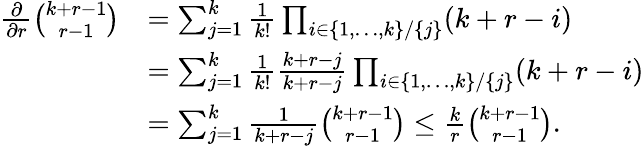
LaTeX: \begin{array}{rl}{\frac{\partial}{\partial r}\binom{k+r-1}{r-1}}&{=\sum_{j=1}^{k}\frac{1}{k!}\prod_{i\in\{ 1,\dots,k\} /\{ j\} }(k+r-i)}\\ &{=\sum_{j=1}^{k}\frac{1}{k!}\frac{k+r-j}{k+r-j}\prod_{i\in\{ 1,\dots,k\} /\{ j\} }(k+r-i)}\\ &{=\sum_{j=1}^{k}\frac{1}{k+r-j}\binom{k+r-1}{r-1}\leq\frac{k}{r}\binom{k+r-1}{r-1}.}\end{array}